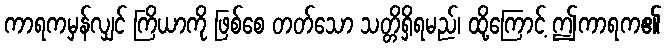
ကာရကမှန်လျှင် ကြိယာကို ဖြစ်စေ တတ်သော သတ္တိရှိရမည်၊ ထို့ကြောင့် ဤကာရက၏